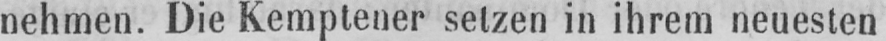
nehmen. Die Kemptener setzen in ihrem neuesten